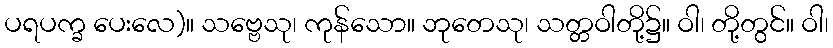
ပရပက္ခ ပေးလေ)။ သဗ္ဗေသု၊ ကုန်သော။ ဘုတေသု၊ သတ္တဝါတို့၌။ ဝါ၊ တို့တွင်။ ဝါ၊